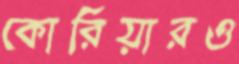
কোরিয়ারও